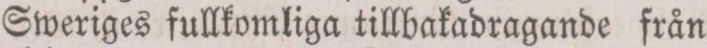
Sweriges fullkomliga tillbakadragande från